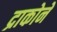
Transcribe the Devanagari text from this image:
द्राकोने